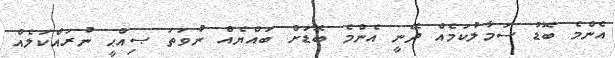
އެންމެ ބޮޑު ސަމާލުކަމެއް ދޭނީ އެންމެ ބޮޑަށް ބައްޔެއް ނުވަތަ ޞިއްޙީ ނުރައްކަލެއް